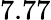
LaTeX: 7.77